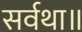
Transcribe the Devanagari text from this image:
सर्वथा॥